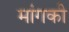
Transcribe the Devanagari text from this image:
मांगकी